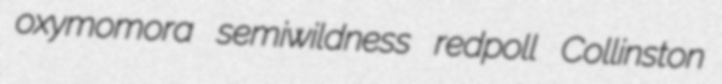
oxymomora semiwildness redpoll Collinston